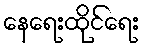
နေရေးထိုင်ရေး